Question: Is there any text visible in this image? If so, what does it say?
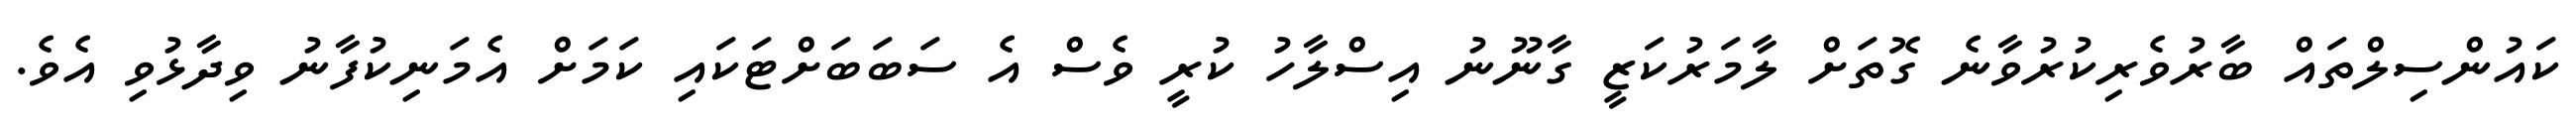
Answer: ކައުންސިލްތައް ބާރުވެރިކުރުވާނެ ގޮތަށް ލާމަރުކަޒީ ގާނޫނު އިސްލާހު ކުރީ ވެސް އެ ސަބަބަށްޓަކައި ކަމަށް އެމަނިކުފާނު ވިދާޅުވި އެވެ.